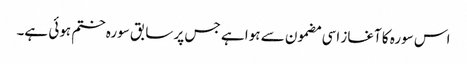
اس سورہ کا آغاز اسی مضمون سے ہوا ہے جس پر سابق سورہ ختم ہوئی ہے۔